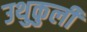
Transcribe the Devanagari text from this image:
उथुकुली